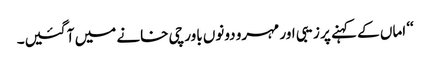
‘‘ اماں کے کہنے پر زیبی اور مہرو دونوں باورچی خانے میں آ گئیں۔